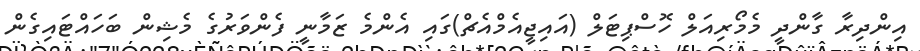
އިންދިރާ ގާންދީ މެމޯރިއަލް ހޮސްޕިޓަލް (އައިޖީއެމްއެޗް)ގައި އެންމެ ޒަމާނީ ފެންވަރުގެ މެޝިން ބަހައްޓައިގެން